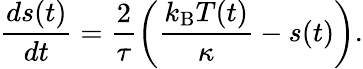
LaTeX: \frac{ds(t)}{dt}=\frac{2}{\tau}\left(\frac{k_{\mathrm{B}}T(t)}{\kappa}-s(t)\right).